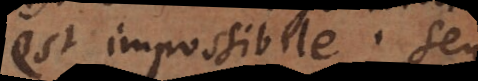
est impossibile, seu